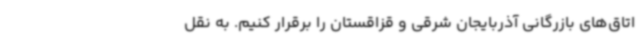
اتاق‌های بازرگانی آذربایجان شرقی و قزاقستان را برقرار کنیم. به نقل